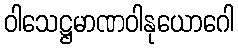
ဝါသေဋ္ဌမာဏဝါနုယောဂေါ